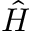
\hat { H }